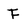
Character: F